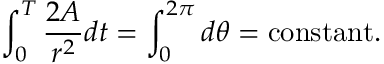
\int _ { 0 } ^ { T } { \frac { 2 A } { r ^ { 2 } } } d t = \int _ { 0 } ^ { 2 \pi } d \theta = \mathrm { c o n s t a n t } .